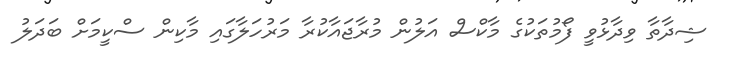
ޝިދާތާ ވިދާޅުވީ ފޯމުތަކުގެ މާކްސް އަލުން މުރާޖައާކުރާ މަރުހަލާގައި މާކިން ސްކީމަށް ބަދަލު